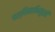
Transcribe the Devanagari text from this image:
पश्चिमाभिमुखी